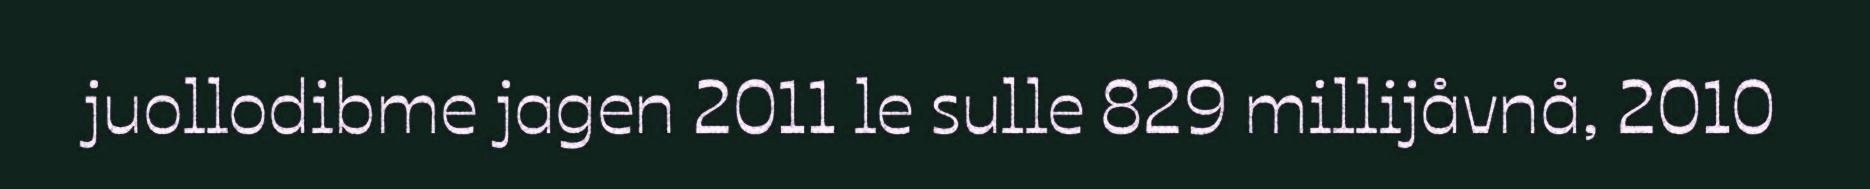
juollodibme jagen 2011 le sulle 829 millijåvnå, 2010